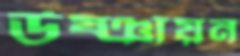
উষ্ঞায়ন